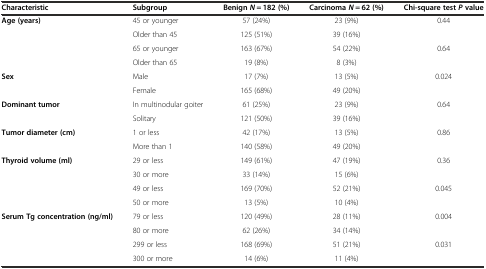
| Characteristic | Subgroup | Benign N = 182 (%) | Carcinoma N = 62 (%) | Chi-square test Pvalue |
 | --- | --- | --- | --- | --- |
 | Age (years) | 45 or younger | 57 (24%) | 23 (9%) | 0.44 |
 |  | Older than 45 | 125 (51%) | 39 (16%) |  |
 |  | 65 or younger | 163 (67%) | 54 (22%) | 0.64 |
 |  | Older than 65 | 19 (8%) | 8 (3%) |  |
 | <ROWSPAN=2> Sex | Male | 17 (7%) | 13 (5%) | <ROWSPAN=2> 0.024 |
 | Female | 165 (68%) | 49 (20%) |
 | <ROWSPAN=2> Dominant tumor | In multinodular goiter | 61 (25%) | 23 (9%) | <ROWSPAN=2> 0.64 |
 | Solitary | 121 (50%) | 39 (16%) |
 | Tumor diameter (cm) | 1 or less | 42 (17%) | 13 (5%) | 0.86 |
 |  | More than 1 | 140 (58%) | 49 (20%) |  |
 | Thyroid volume (ml) | 29 or less | 149 (61%) | 47 (19%) | 0.36 |
 |  | 30 or more | 33 (14%) | 15 (6%) |  |
 |  | 49 or less | 169 (70%) | 52 (21%) | 0.045 |
 |  | 50 or more | 13 (5%) | 10 (4%) |  |
 | Serum Tg concentration (ng/ml) | 79 or less | 120 (49%) | 28 (11%) | 0.004 |
 |  | 80 or more | 62 (26%) | 34 (14%) |  |
 |  | 299 or less | 168 (69%) | 51 (21%) | 0.031 |
 |  | 300 or more | 14 (6%) | 11 (4%) |  |